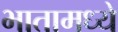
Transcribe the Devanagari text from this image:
भातामध्ये